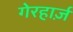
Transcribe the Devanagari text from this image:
गेरहार्ज़